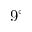
9 ^ { \circ }